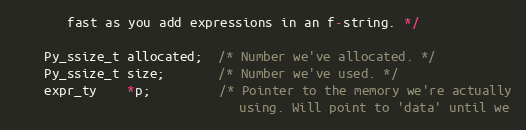
Language: C
       fast as you add expressions in an f-string. */

    Py_ssize_t allocated;  /* Number we've allocated. */
    Py_ssize_t size;       /* Number we've used. */
    expr_ty    *p;         /* Pointer to the memory we're actually
                              using. Will point to 'data' until we